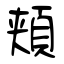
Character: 頬